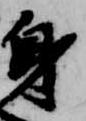
身